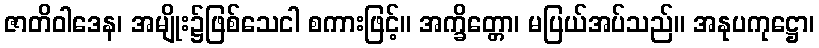
ဇာတိဝါဒေန၊ အမျိုး၌ဖြစ်သေငါ စကားဖြင့်။ အက္ခိတ္တော၊ မပြယ်အပ်သည်။ အနုပကုဋ္ဌော၊